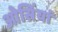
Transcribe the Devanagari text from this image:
ओसिंयां